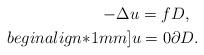
LaTeX: \begin{align*}-\Delta u=f & D,\\begin{align*}1mm] u = 0 & \partial D.\end{align*}